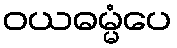
ဝယဓမ္မံပေ